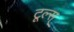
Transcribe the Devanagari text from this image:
टूल्स्